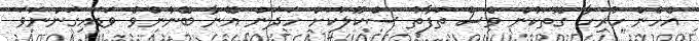
އެހެން ހުރިހާ ގޮތަކުން ވެސް ތަފާތު ސްކޫލަކަށް ހަދަން އޭނާ ބޭނުންވެ ވަޑައިގަންނަވަ